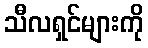
သီလရှင်များကို